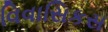
વિવાસિકસ